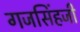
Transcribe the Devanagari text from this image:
गजसिंहजी